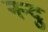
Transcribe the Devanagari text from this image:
नन्दु